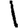
Digit: 1